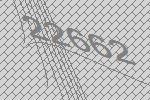
22662